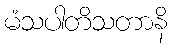
မံသပါတိသတာနိ